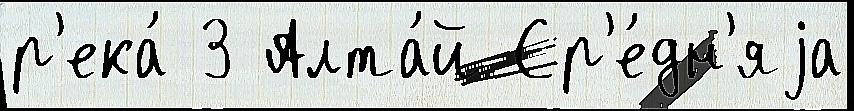
р'ека́ 3 Алта́й Ср'е́дн'яjа